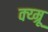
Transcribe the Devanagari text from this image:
क्य्म्रू